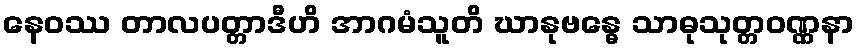
နေဝဿ တာလပတ္တာဒီဟိ အာဂမံသူတိ ဃာနုဗန္ဓေ သာဓုသုတ္တဝဏ္ဏနာ